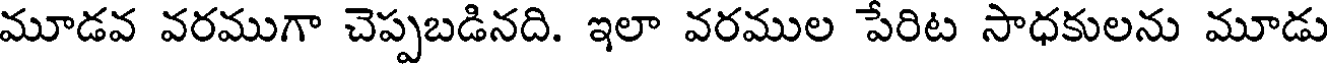
మూడవ వరముగా చెప్పబడినది. ఇలా వరముల పేరిట సాధకులను మూడు